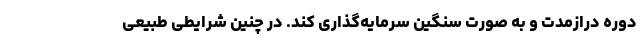
دوره درازمدت و به صورت سنگین سرمایه‌گذاری کند. در چنین شرایطی طبیعی